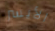
الأيسر